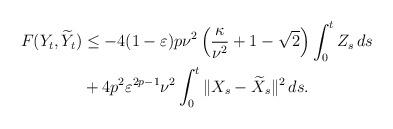
LaTeX: \begin{align*} \begin{aligned}F(Y_t,\widetilde Y_t) &\le - 4(1-\varepsilon)p\nu^2\left(\frac{\kappa}{\nu^2} + 1 - \sqrt{2} \right) \int_0^t Z_s\,ds \\&+ 4p^2\varepsilon^{2p-1}\nu^2 \int_0^t \|X_s-\widetilde X_s\|^2\,ds.\end{aligned}\end{align*}